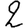
Digit: 2